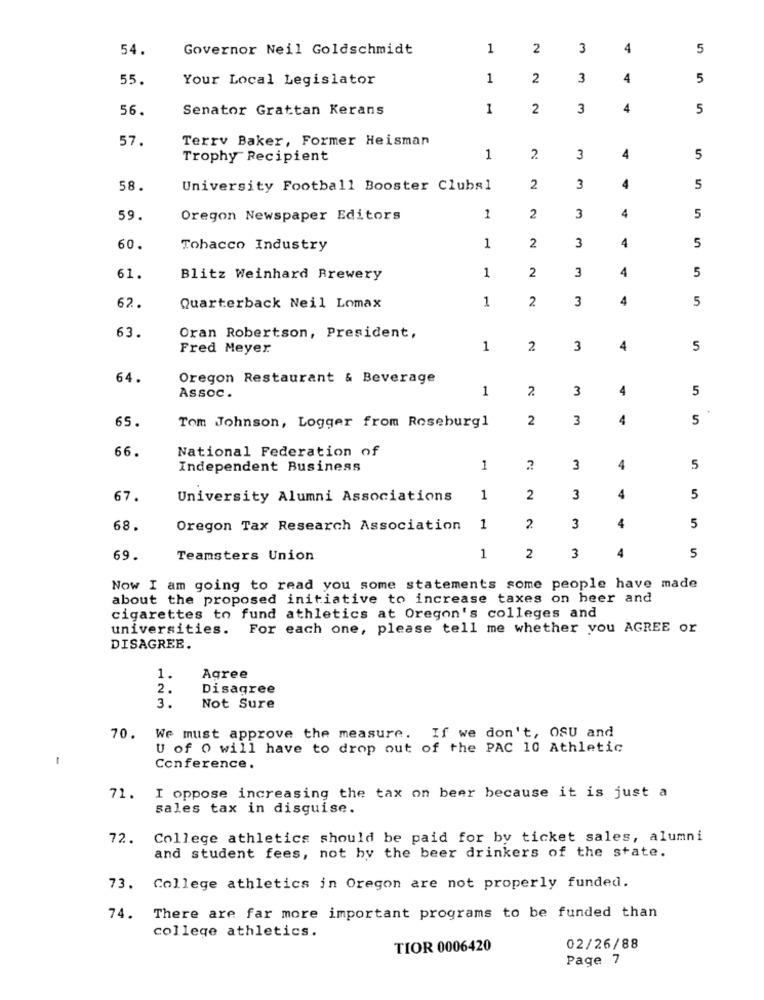
54.
Governor Neil Goldschmidt
1
2
3
4
5
55.
Your Local Legislator
1
2
3
4
5
56.
Senator Grattan Kerans
1
2
3
4
5
57.
Terry Baker, Former Heisman
Trophy Recipient
1
2.
3
4
5
58.
University Football Booster Clubal
2
3
4
5
59.
Oregon Newspaper Editors
1
2
3
4
5
2
4
60.
Tobacco Industry
1
3
5
2
4
61.
Blitz Weinhard Brewery
1
3
5
1
2
3
4
5
62.
Quarterback Neil Lomax
63.
Oran Robertson, President,
Fred Meyer
1
2.
3
4
5
64.
Oregon Restaurant & Beverage
1
2.
3
4
5
Assoc .
2
3
4
5
65.
Tom Johnson, Logger from Roseburg1
66.
National Federation of
Independent Business
1
2
3
4
5
67.
University Alumni Associations
1
2
3
4
5
4
68.
Oregon Tax Research Association
1
2
3
5
4
69.
Teamsters Union
1
2
3
5
Now I am going to read you some statements some people have made
about the proposed initiative to increase taxes on heer and
cigarettes to fund athletics at Oregon's colleges and
universities. For each one, please tell me whether you AGREE or
DISAGREE.
1.
Agree
2.
Disagree
3.
Not Sure
70. We must approve the measure. If we don't, OSU and
-
U of 0 will have to drop out of the PAC 10 Athletic
Conference.
I oppose increasing the tax on beer because it is just a
71.
sales tax in disguise.
72. College athletics should be paid for by ticket sales, alumni
and student fees, not by the beer drinkers of the state.
73. College athletics in Oregon are not properly funded.
74. There are far more important programs to be funded than
college athletics.
TIOR 0006420
02/26/88
Page 7